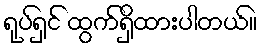
ရုပ်ရှင် ထွက်ရှိထားပါတယ်။